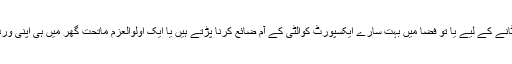
اس کے برعکس فوجی حاکم کو ہٹانے کے لیے یا تو فضا میں بہت سارے ایکسپورٹ کوالٹی کے آم ضائع کرنا پڑتے ہیں یا ایک اولوالعزم ماتحت گھر میں ہی اپنی وردی کے ستارے چمکانے لگتا ہے۔